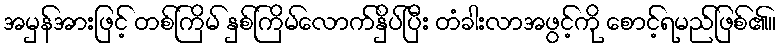
အမှန်အားဖြင့် တစ်ကြိမ် နှစ်ကြိမ်လောက်နှိပ်ပြီး တံခါးလာအဖွင့်ကို စောင့်ရမည်ဖြစ်၏။